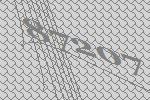
87207